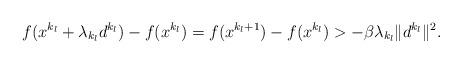
LaTeX: \begin{align*} f (x^{k_{l}}+\lambda _{k_{l}}d^{k_{l}})-f (x^{k_{l}})=f(x^{k_{l}+1})-f (x^{k_{l}}) > -\beta \lambda _{k_{l}}\| d^{k_{l}}\|^{2}.\end{align*}